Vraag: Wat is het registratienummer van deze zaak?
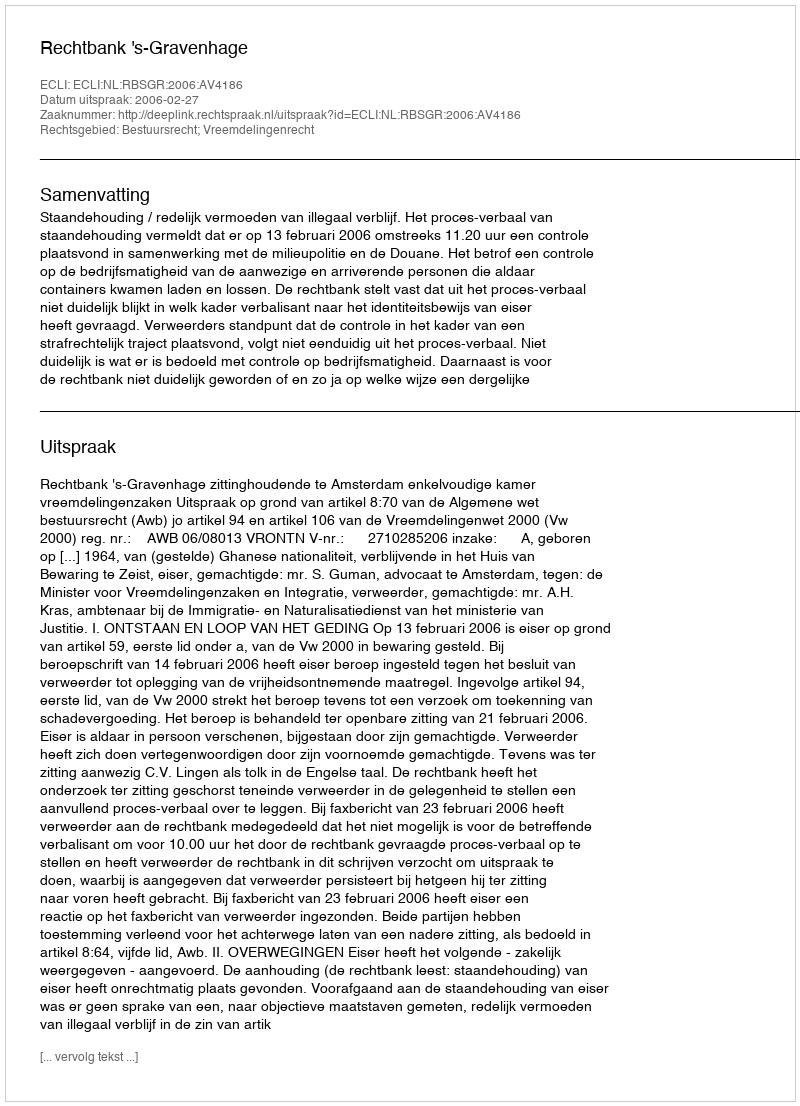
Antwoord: http://deeplink.rechtspraak.nl/uitspraak?id=ECLI:NL:RBSGR:2006:AV4186